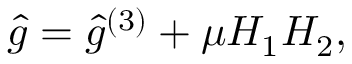
\hat { g } = \hat { g } ^ { ( 3 ) } + \mu H _ { 1 } H _ { 2 } ,